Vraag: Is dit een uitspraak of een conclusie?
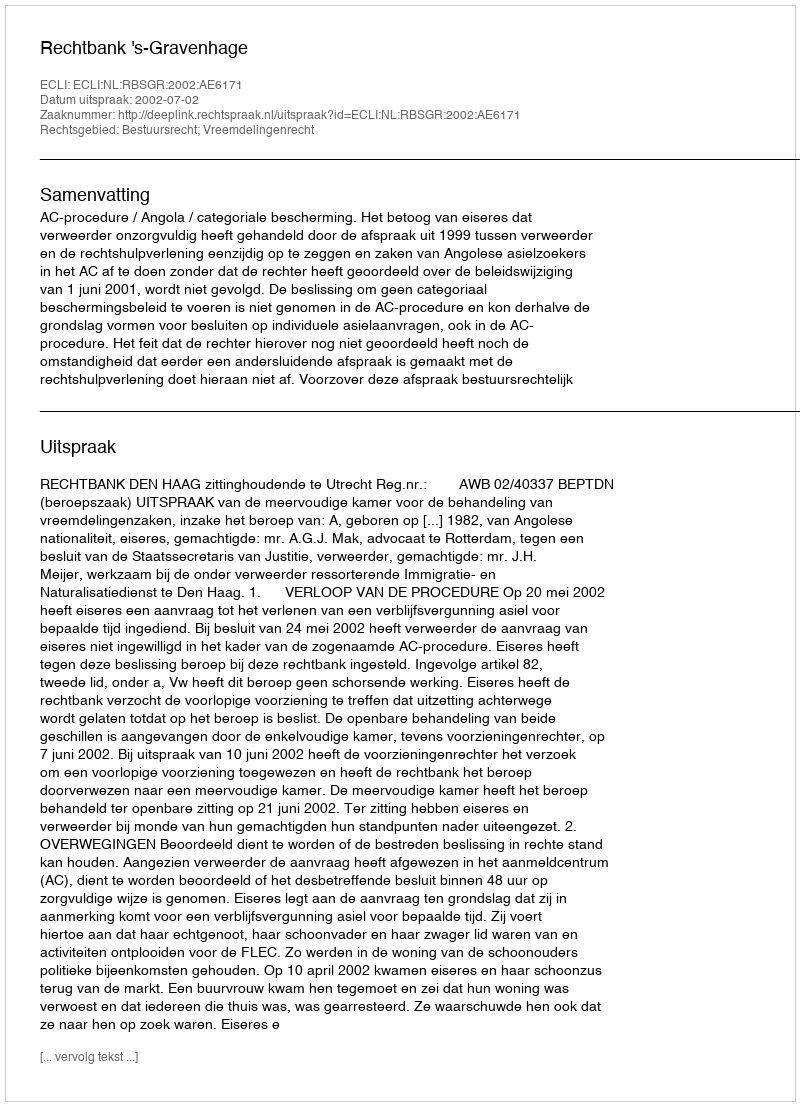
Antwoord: Uitspraak